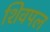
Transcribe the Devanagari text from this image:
शिवपल